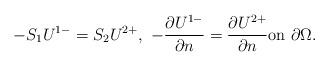
LaTeX: \begin{align*} -S_1U^{1-}=S_2U^{2+}, \ -\frac{\partial U^{1-}}{\partial n}=\frac{\partial U^{2+}}{\partial n} \mbox{on } \partial \Omega.\end{align*}